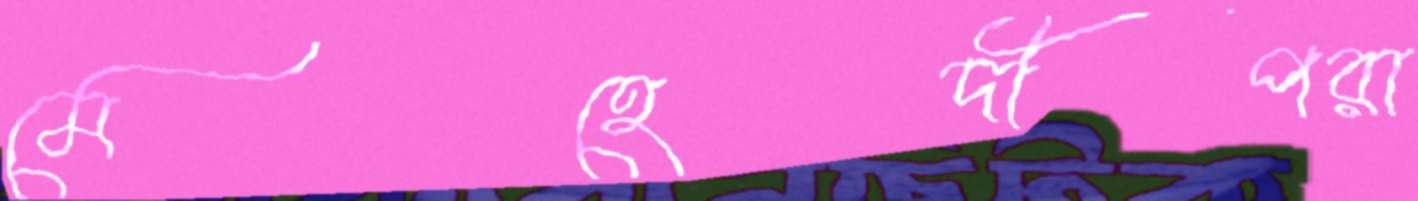
মেহেদীপরা